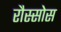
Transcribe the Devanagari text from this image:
रौस्सोस